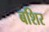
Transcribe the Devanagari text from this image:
बशिर